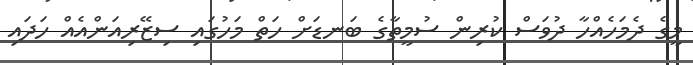
މީގެ ދެމަހެއްހާ ދުވަސް ކުރިން ސުމީތާގެ ބަނޑަށް ހަތް މަހުގައި ސިޒޭރިއަންއެއް ހަދައި